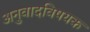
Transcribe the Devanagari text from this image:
अनुवादविषयक